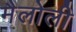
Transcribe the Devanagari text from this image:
मैलोली